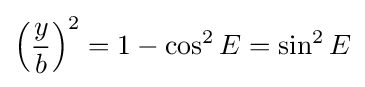
\left({\frac {y}{b}}\right)^{2}=1-\cos ^{2}E=\sin ^{2}E